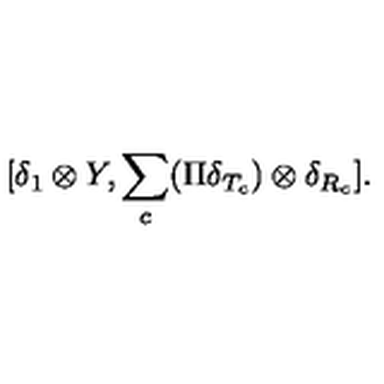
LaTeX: [ \delta _ { 1 } \otimes Y , \sum _ { c } ( \Pi \delta _ { T _ { c } } ) \otimes \delta _ { R _ { c } } ] .